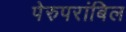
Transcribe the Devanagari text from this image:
पेरुपरांबिल